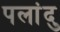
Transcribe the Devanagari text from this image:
पलांदु